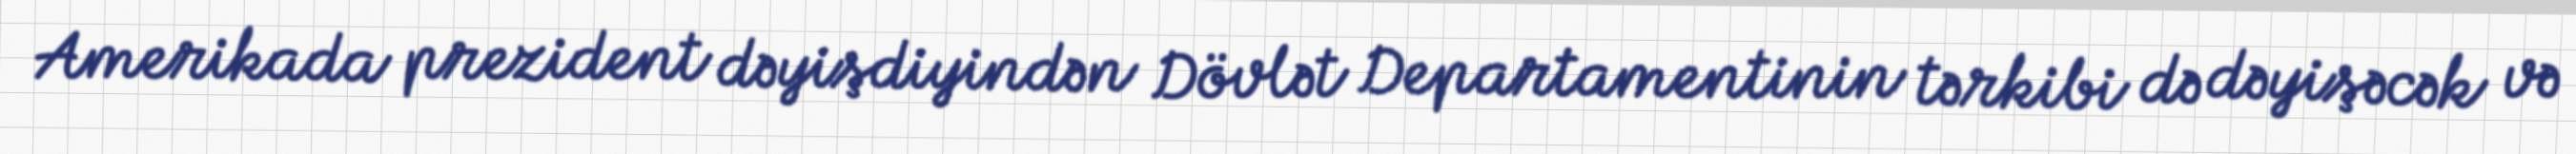
Amerikada prezident dəyişdiyindən Dövlət Departamentinin tərkibi də dəyişəcək və